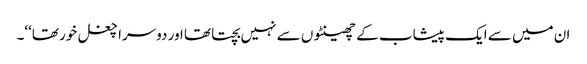
ان میں سے ایک پیشاب کے چھینٹوں سے نہیں بچتا تھا اور دوسرا چغل خور تھا‘‘۔